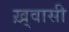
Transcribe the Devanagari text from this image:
ख़्वासी